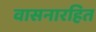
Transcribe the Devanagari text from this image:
वासनारहित